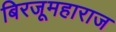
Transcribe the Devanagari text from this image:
बिरजूमहाराज